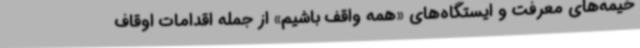
خیمه‌های معرفت و ایستگاه‌های «همه واقف باشیم» از جمله اقدامات اوقاف